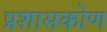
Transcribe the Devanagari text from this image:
प्रशासकोण